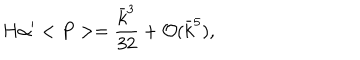
LaTeX: H \alpha ^ { \prime } < P > = \frac { \bar { k } ^ { 3 } } { 3 2 } + { \cal O } ( \bar { k } ^ { 5 } ) ,